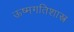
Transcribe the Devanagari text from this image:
ऊष्मगतिशास्त्र